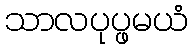
သာလပုပ္ဖမယံ